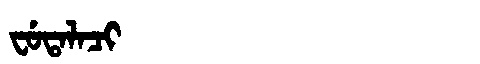
Manchu: ᠸᡠᡨᠠᠯᠠᠴᡳ
Romanization: FUTALACI